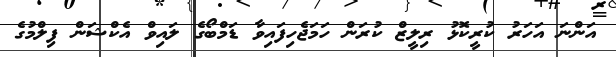
އަންނަ އަހަރު ކުރީކޮޅު ރިލީޒް ކުރަން ހަމަޖެހިފައިވާ ޑަމްބޯގެ ލައިވް އެކްޝަން ފިލްމުގެ